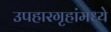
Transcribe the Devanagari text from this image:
उपहारगृहांमध्ये